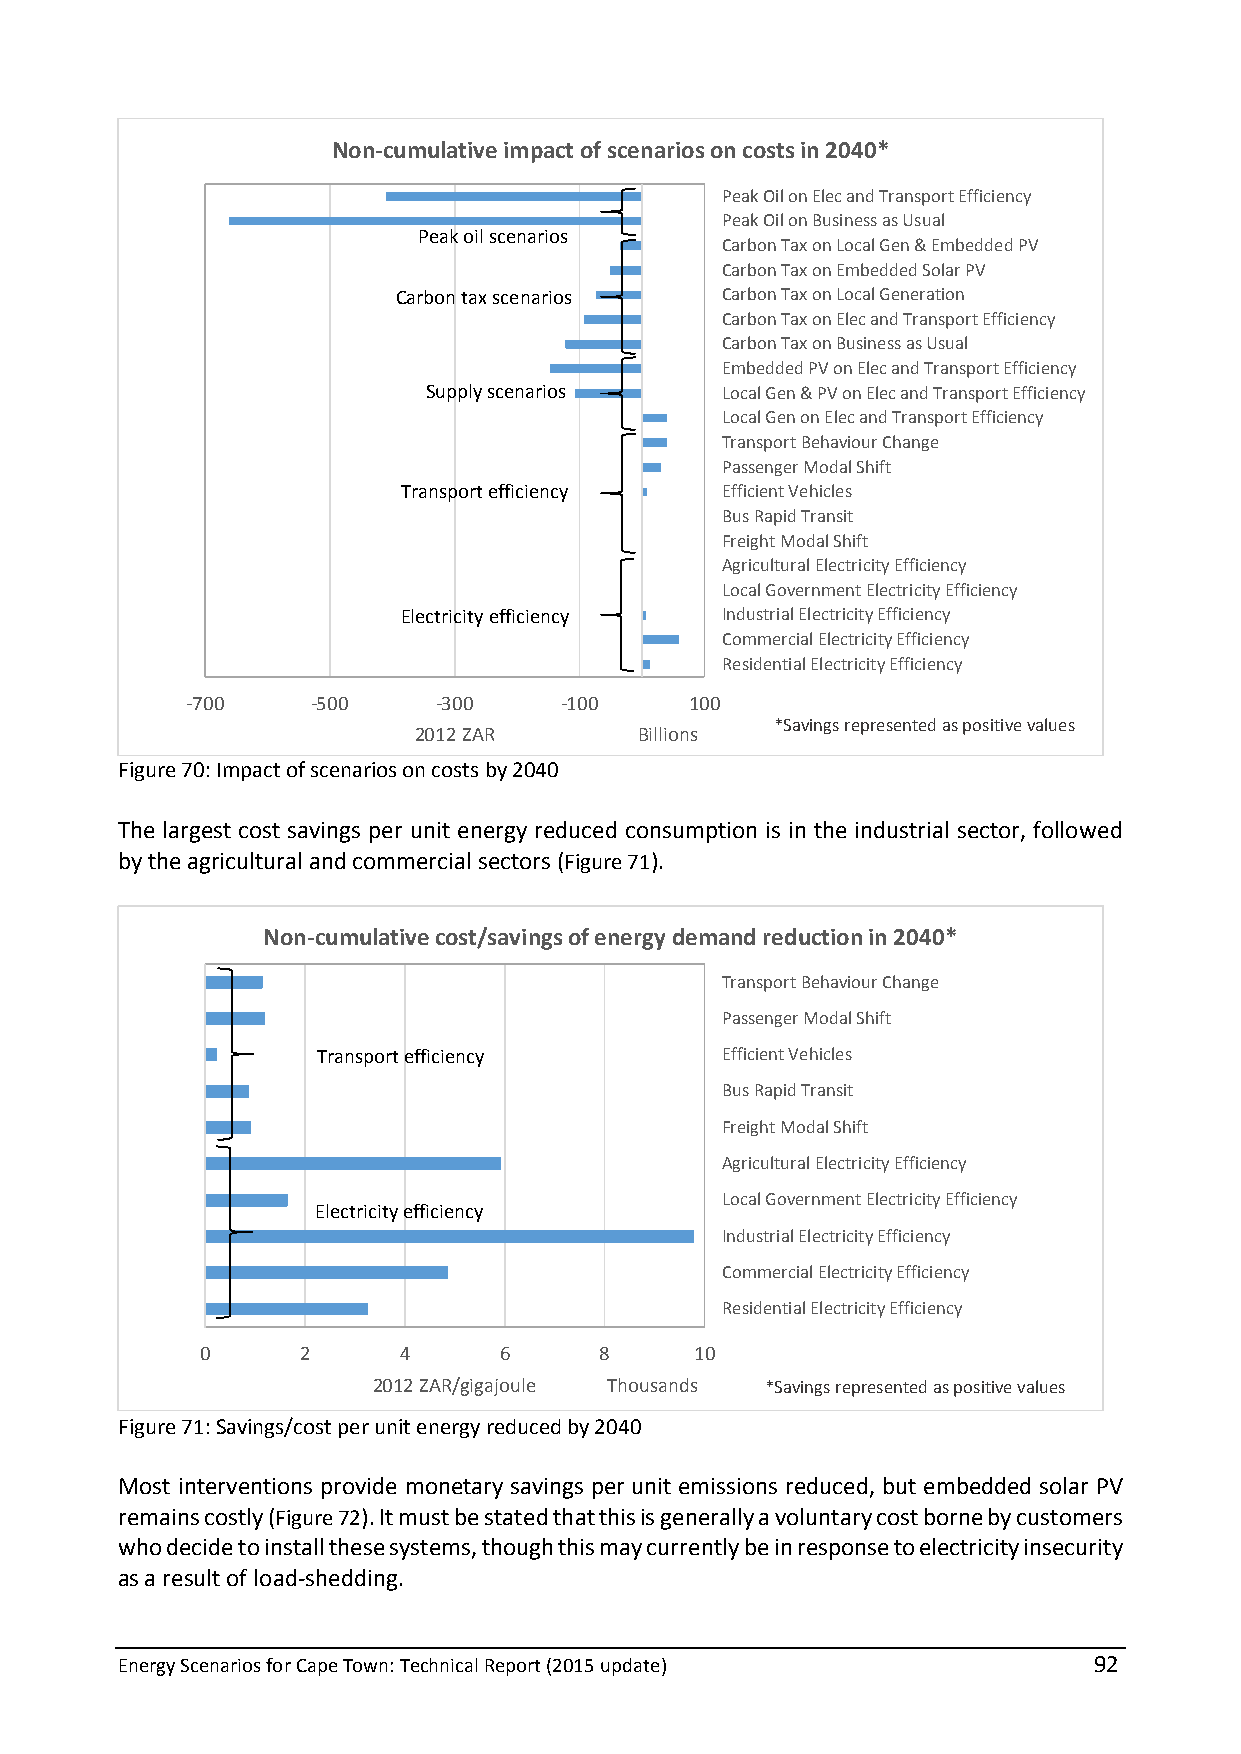
Non-cumulative impact of scenarios on costs in 2040*
 Peak Oil on Elec and Transport Efficiency
 Peak Oil on Business as Usual
 Peak oil scenarios
 Carbon Tax on Local Gen & Embedded PV
 Carbon Tax on Embedded Solar PV
 Carbon tax scenarios  Carbon Tax on Local Generation
 Carbon Tax on Elec and Transport Efficiency
 Carbon Tax on Business as Usual
 Embedded PV on Elec and Transport Efficiency
 Supply scenarios    Local Gen & PV on Elec and Transport Efficiency
 Local Gen on Elec and Transport Efficiency
 Transport Behaviour Change
 Passenger Modal Shift
 Transport efficiency Efficient Vehicles
 Bus Rapid Transit
 Freight Modal Shift
 Agricultural Electricity Efficiency
 Local Government Electricity Efficiency
 Electricity efficiency Industrial Electricity Efficiency
 Commercial Electricity Efficiency
 Residential Electricity Efficiency
 -700     -500    -300    -100     100
 *Savings represented as positive values
 2012 ZAR       Billions
 Figure 70: Impact of scenarios on costs by 2040
 The largest cost savings per unit energy reduced consumption is in the industrial sector, followed
 by the agricultural and commercial sectors (Figure 71).
 Non-cumulative cost/savings of energy demand reduction in 2040*
 Transport Behaviour Change
 Passenger Modal Shift
 Transport efficiency       Efficient Vehicles
 Bus Rapid Transit
 Freight Modal Shift
 Agricultural Electricity Efficiency
 Local Government Electricity Efficiency
 Electricity efficiency
 Industrial Electricity Efficiency
 Commercial Electricity Efficiency
 Residential Electricity Efficiency
 0      2     4      6      8     10
 2012 ZAR/gigajoule Thousands *Savings represented as positive values
 Figure 71: Savings/cost per unit energy reduced by 2040
 Most interventions provide monetary savings per unit emissions reduced, but embedded solar PV
 remains costly (Figure 72). It must be stated that this is generally a voluntary cost borne by customers
 who decide to install these systems, though this may currently be in response to electricity insecurity
 as a result of load-shedding.
 Energy Scenarios for Cape Town: Technical Report (2015 update)  92